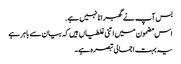
بس آپ نے گھبرانا نہیں ہے.
اس مضمون میں اتنی غلطیاں ہیں کہ بیان سے باہر ہے
یہ بہت اجمالی تبصرہ ہے۔